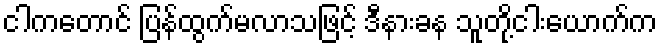
ငါကတောင် ပြန်ထွက်မလာသဖြင့် ဒီနားခန သူတို့ငါးယောက်က